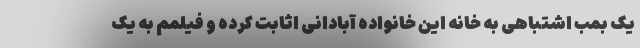
یک بمب اشتباهی به خانه این خانواده آبادانی اثابت کرده و فیلمم به یک